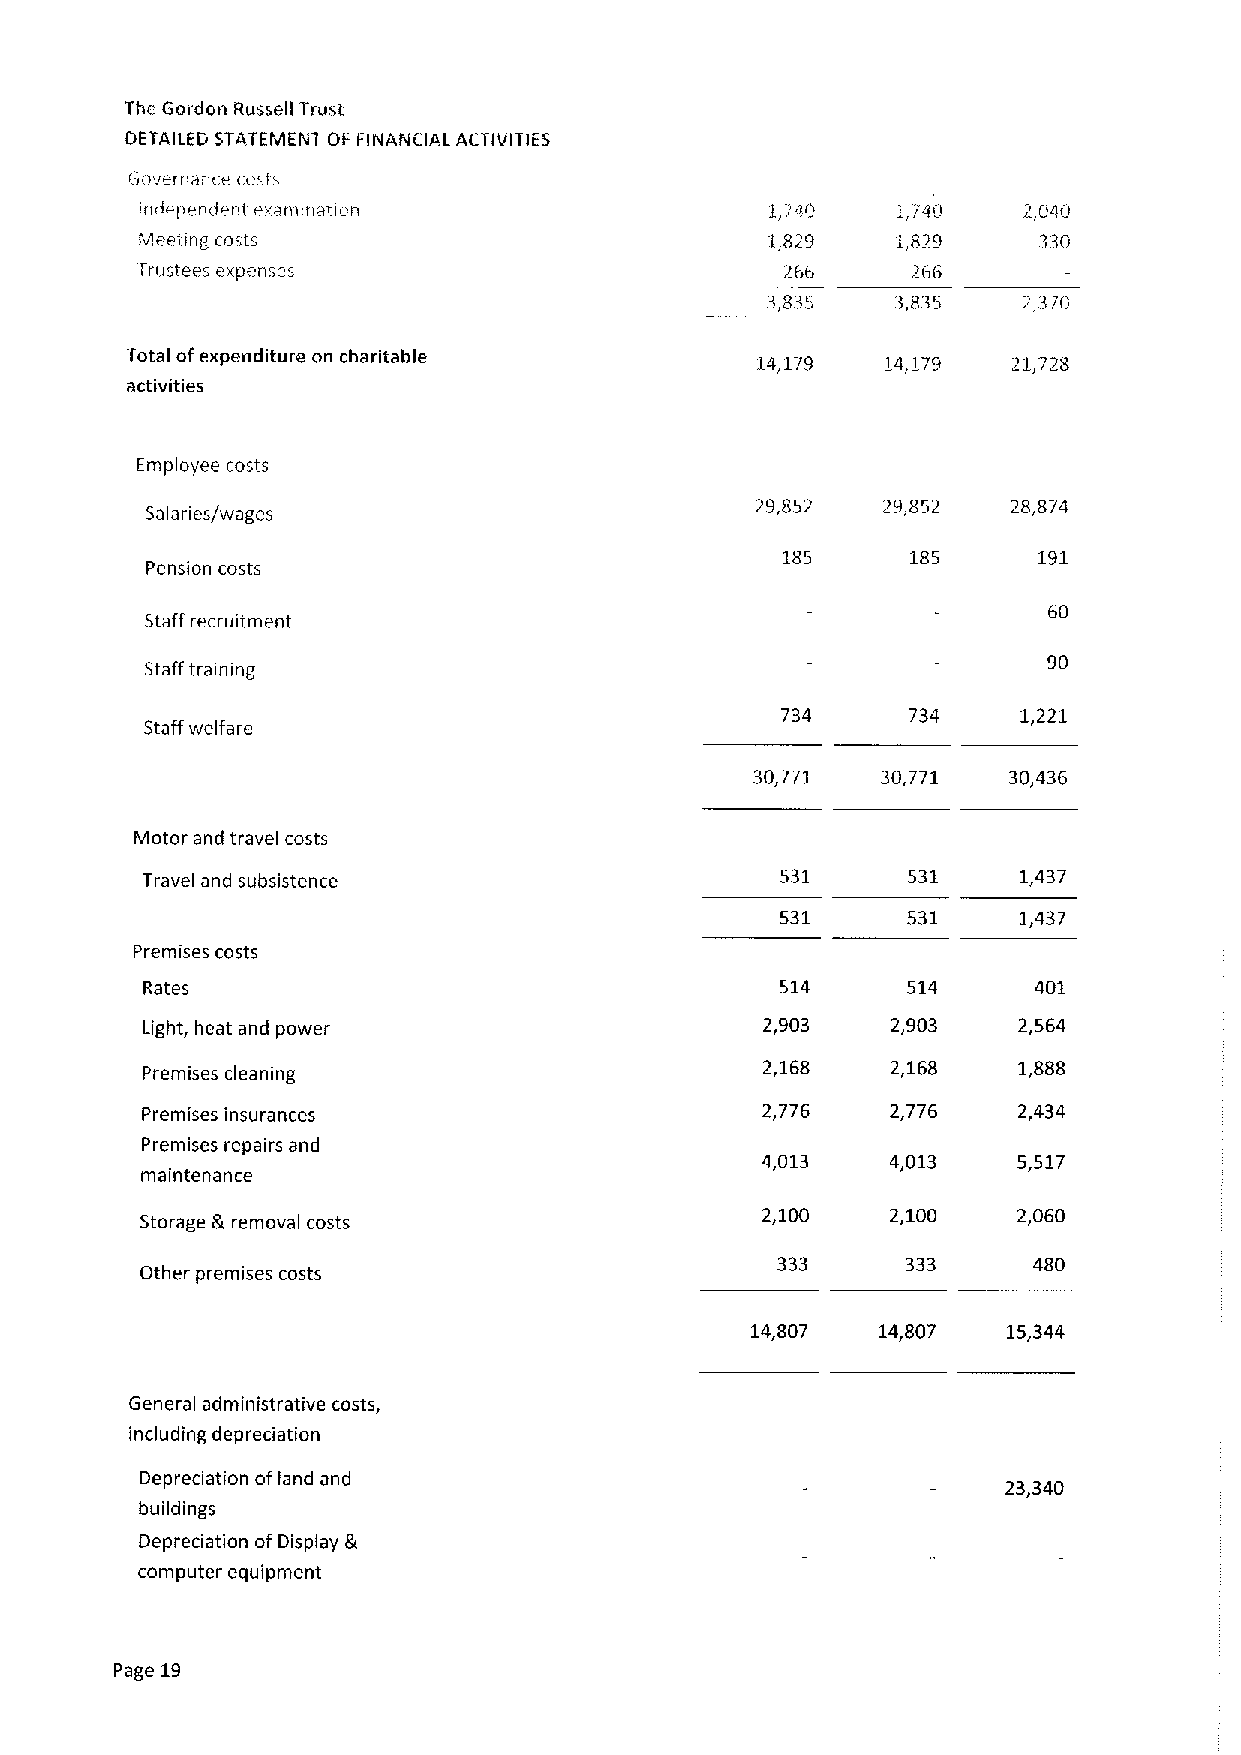
The Gordon Russell Trust
 DETAILED STATEMENT OF FINANCIAL ACTIVITIES
 Governance costs
 iridepen(ical erxiiiiiiatiun              I /di9  1,/40    2 040
 Meeiing costs                             I,B/9   1,879     &30
 Ii'll tees rxppfises                       266     266
 3 835   3,835    2,370
 Total ofexpenditure on charitable         14,1/9   14,179  21,728
 activities
 Employee costs
 29,852  29,852   28,874
 Salaries/wages
 185     185      191
 Pension costs
 60
 Staff recruitment
 90
 Staff training
 734     734     1,221
 Staff welfare
 30,771  30,771   30,436
 Motor and travel costs
 Travel and subsistence                     531     531    1,437
 531     531    1,437
 Premises costs
 Rates                                      514     514     401
 Light, heat and power                    2,903    2,903   2,564
 Premises cleaning
 2,168    2,168   1,888
 Premises insurances                      2,776    2,776   2,434
 Premises repairs and
 4,013    4,013   5,517
 maintenance
 Storage gr removal costs
 2,100    2,100   2,060
 333      333     480
 Other premises costs
 14,807  14,807   15,344
 General administrative costs,
 including depreciation
 Depreciation ofland and
 23,340
 buildings
 Depreciation ofDisplay &
 computer equipment
 Page 19